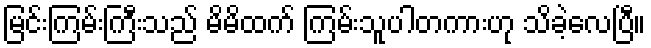
မြင်းကြမ်းကြီးသည် မိမိထက် ကြမ်းသူပါတကားဟု သိခဲ့လေပြီ။